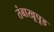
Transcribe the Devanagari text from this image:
तंबाखूपूड